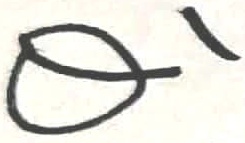
Text: Q1